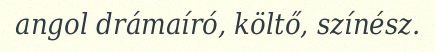
angol drámaíró, költő, színész.